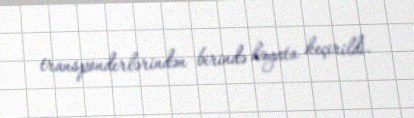
transponderlərindən birində həyata keçirildi.